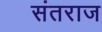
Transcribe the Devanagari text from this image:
संतराज